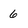
Character: 6